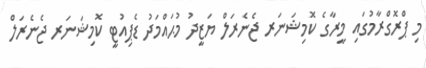
މި ޕްރޮގްރާމުގައި މީރާގެ ކޮމިޝަނަރ ޖެނެރަލް ޔަޒީދު މުޙައްމަދު ޑެޕިއުޓީ ކޮމިޝަނަރ ޖެނެރަލް